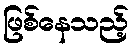
ဖြစ်နေသည့်